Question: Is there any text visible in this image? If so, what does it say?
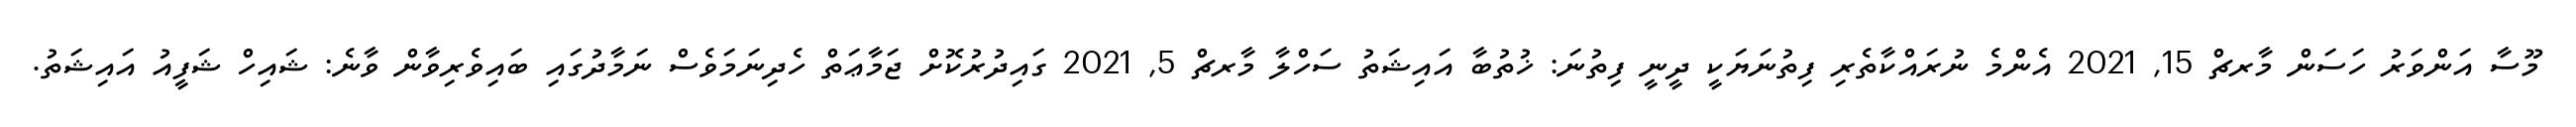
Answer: މޫސާ އަންވަރު ހަސަން މާރޗް 15, 2021 އެންމެ ނުރައްކާތެރި ފިތުނަޔަކީ ދީނީ ފިތުނަ: ޚުތުބާ އައިޝަތު ސަހްލާ މާރޗް 5, 2021 ގައިދުރުކޮށް ޖަމާޢަތް ހެދިނަމަވެސް ނަމާދުގައި ބައިވެރިވާން ވާނެ: ޝައިހް ޝަފީއު އައިޝަތު.